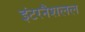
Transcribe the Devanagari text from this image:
इंटरनैशलल